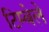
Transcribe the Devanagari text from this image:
टिम्बेले